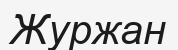
Журжан